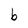
Character: b